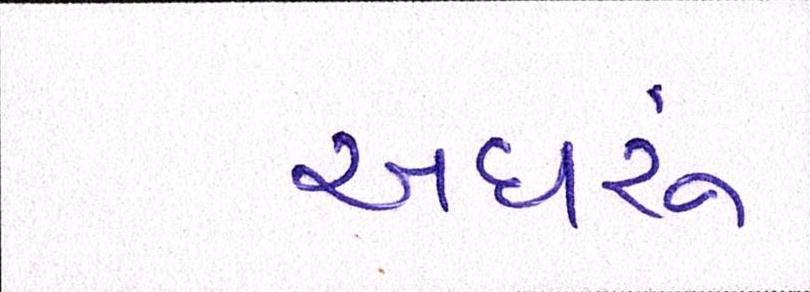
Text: અઘરું